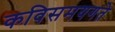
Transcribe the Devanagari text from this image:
कविसमयगते